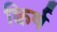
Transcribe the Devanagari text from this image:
क्विर्ष